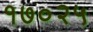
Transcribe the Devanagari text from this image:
१७०२५